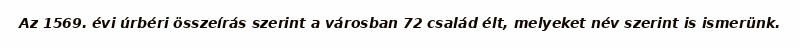
Az 1569. évi úrbéri összeírás szerint a városban 72 család élt, melyeket név szerint is ismerünk.